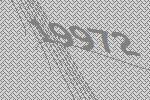
19972